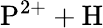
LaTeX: \mathrm{P^{2+}+H}